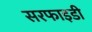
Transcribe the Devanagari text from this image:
सरफाइडी